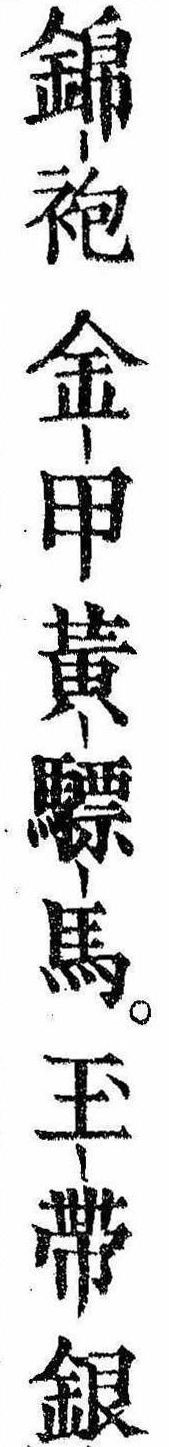
錦袍金甲黄驃馬玉帯銀